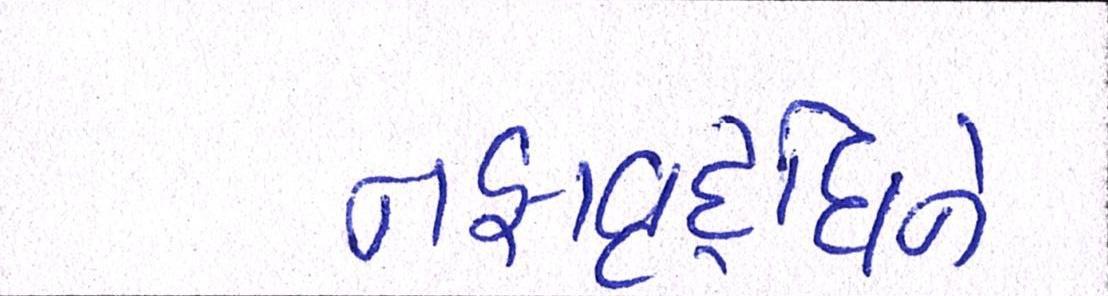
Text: નફાવૃદ્ધિને